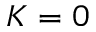
K = 0